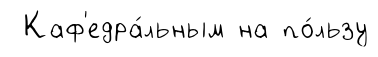
Каф'едра́льным на по́льзу